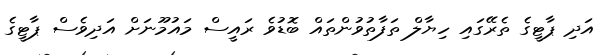
އަދި ޕާޓީގެ ތެރޭގައި ހިޔާލް ތަފާތުވުންތައް ބޮޑުވެ ރައީސް މައުމޫނަށް އަދިވެސް ޕާޓީގެ